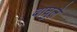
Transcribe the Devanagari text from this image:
वाघुले